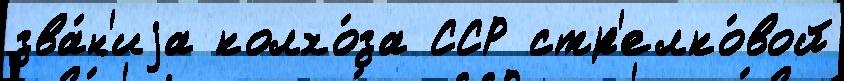
зва́н'иjа колхо́за ССР стр'елко́вой